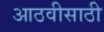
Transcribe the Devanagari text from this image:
आठवीसाठी